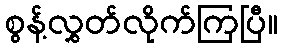
စွန့်လွှတ်လိုက်ကြပြီ။